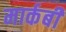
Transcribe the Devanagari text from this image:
मार्कबी